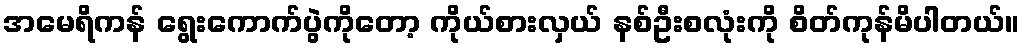
အမေရိကန် ရွေးကောက်ပွဲကိုတော့ ကိုယ်စားလှယ် နစ်ဦးစလုံးကို စိတ်ကုန်မိပါတယ်။